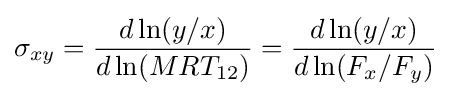
\sigma _{xy}={\frac {d\ln(y/x)}{d\ln(MRT_{12})}}={\frac {d\ln(y/x)}{d\ln(F_{x}/F_{y})}}